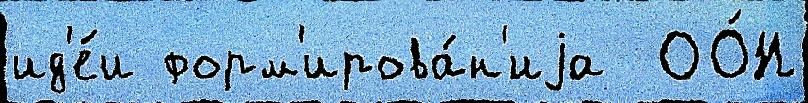
ид'е́и форм'ирова́н'иjа  ОО́Н